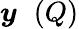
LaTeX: \boldsymbol{y}^{\mathrm{~\, ~}}(Q)